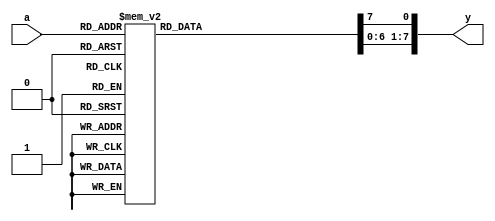

module decoder3_8(input [2:0] a, output reg [7:0] y);

always@(*)begin 
y=0;
case(a)
 3'b000 : y[0]=1'b1; 
 3'b001 : y[1]=1'b1; 
 3'b010 : y[2]=1'b1; 
 3'b011 : y[3]=1'b1; 
 3'b100 : y[4]=1'b1; 
 3'b101 : y[5]=1'b1; 
 3'b110 : y[6]=1'b1; 
 3'b111 : y[7]=1'b1; 

endcase
end
endmodule

module decoder3_8_tb;

reg [2:0] a;
wire [7:0] y;

decoder3_8 de(a,y);

initial
begin

$monitor("a=%b, y=%b", a, y);
repeat(7) begin
a=$random;  #10;
end
end

endmodule